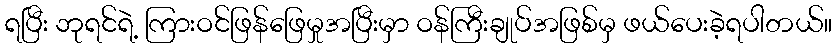
ရပြီး ဘုရင်ရဲ့ ကြားဝင်ဖြန်ဖြေမှုအပြီးမှာ ဝန်ကြီးချုပ်အဖြစ်မှ ဖယ်ပေးခဲ့ရပါတယ်။